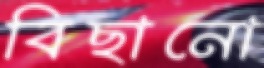
বিছানো